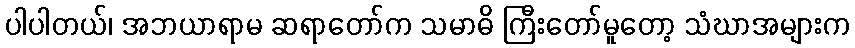
ပါပါတယ်၊ အဘယာရာမ ဆရာတော်က သမာဓိ ကြီးတော်မူတော့ သံဃာအများက